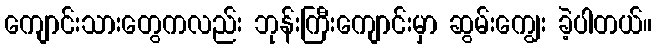
ကျောင်းသားတွေကလည်း ဘုန်းကြီးကျောင်းမှာ ဆွမ်းကျွေး ခဲ့ပါတယ်။